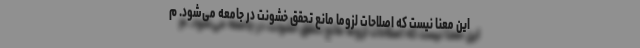
این معنا نیست که اصلاحات لزوما مانع تحقق خشونت در جامعه می‌شود. م